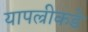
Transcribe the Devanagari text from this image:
यापल्रीकडे